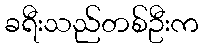
ခရီးသည်တစ်ဦးက